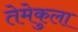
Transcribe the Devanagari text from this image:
तेमेकुला